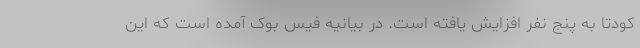
کودتا به پنج نفر افزایش یافته است. در بیانیه فیس بوک آمده است که این